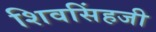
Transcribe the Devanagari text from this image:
शिवसिंहजी